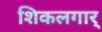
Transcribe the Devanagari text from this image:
शिकलगार्